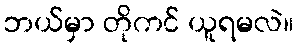
ဘယ်မှာ တိုကင် ယူရမလဲ။